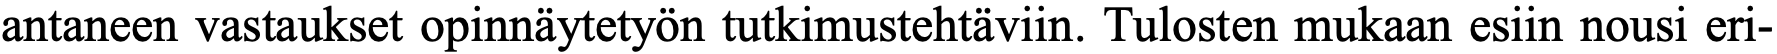
antaneen vastaukset opinnäytetyön tutkimustehtäviin. Tulosten mukaan esiin nousi eri-